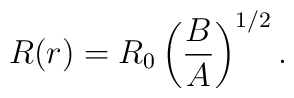
R(r)  =  R_{0} \left( \frac{B}{A} \right)^{1/2}.